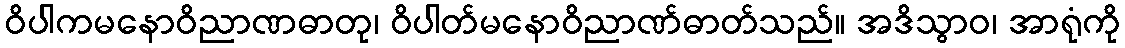
ဝိပါကမနောဝိညာဏဓာတု၊ ဝိပါတ်မနောဝိညာဏ်ဓာတ်သည်။ အဒိသွာဝ၊ အာရုံကို